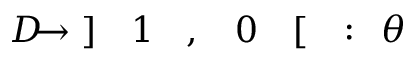
\! \! \! \! \! \! \! \! \! \! \! \theta \! \! \! \! \! \! \! \! \! \! \! \! : \! \! \! \! \! \! \! \! \! \! \! \! [ \! \! \! \! \! \! \! \! \! \! \! \! 0 \! \! \! \! \! \! \! \! \! \! \! \! , \! \! \! \! \! \! \! \! \! \! \! \! 1 \! \! \! \! \! \! \! \! \! \! \! \! ] \! \! \! \! \! \! \! \! \! \! \! \! \to \! \! \! \! \! \! \! \! \! \! \! \! D \! \! \! \! \! \! \! \! \! \! \!